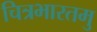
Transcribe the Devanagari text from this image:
चित्रभारतमु